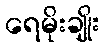
ရေမိုးချိုး